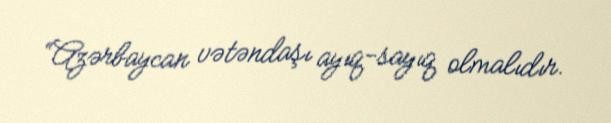
“Azərbaycan vətəndaşı ayıq-sayıq olmalıdır.